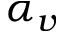
\alpha _ { v }